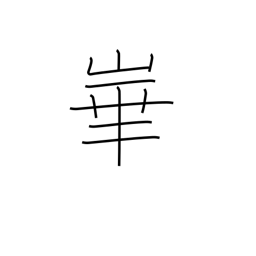
Meaning: name of mountain